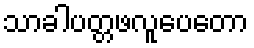
သာခါပတ္တဖလူပေတော